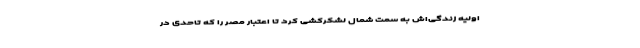
اولیه زندگی‌اش به سمت شمال لشکرکشی کرد تا اعتبار مصر را که تاحدی در